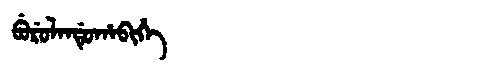
Manchu: ᠪᡠᡵᡠᠯᠠᠨᡩᡠᡥᠠᠪᡳᡥᡝ
Romanization: BURULANDUHABIHE